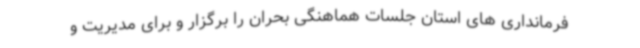
فرمانداری های استان جلسات هماهنگی بحران را برگزار و برای مدیریت و